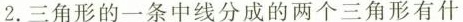
2.三角形的一条中线分成的两个三角形有什